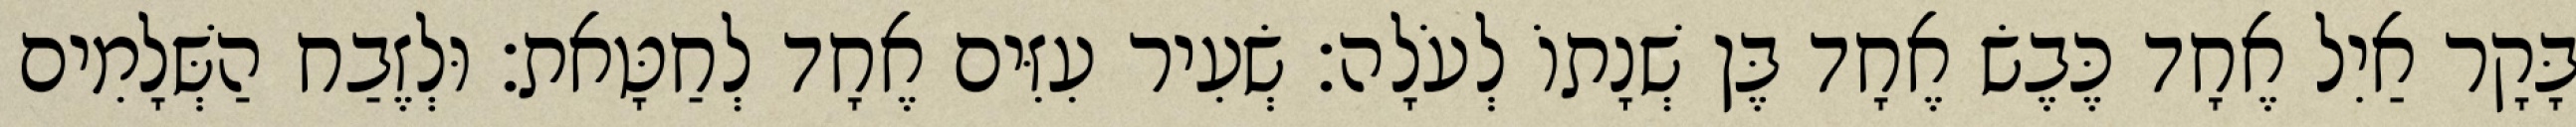
בָּקָר אַיִל אֶחָד כֶּבֶשׂ אֶחָד בֶּן שְׁנָתוֹ לְעֹלָה׃ שְׂעִיר עִזִּים אֶחָד לְחַטָּאת׃ וּלְזֶבַח הַשְּׁלָמִים